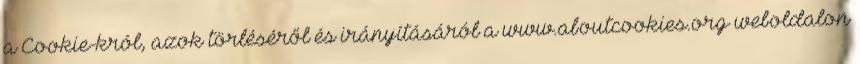
a Cookie-król, azok törléséről és irányításáról a www.aboutcookies.org weboldalon